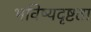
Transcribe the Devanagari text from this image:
भविष्यदृष्टता